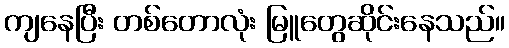
ကျနေပြီး တစ်တောလုံး မြူတွေဆိုင်းနေသည်။